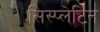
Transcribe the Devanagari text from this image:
सिस्प्लेटिन